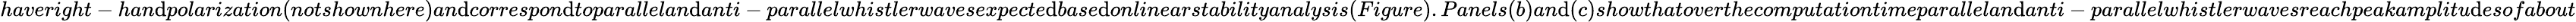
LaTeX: haveright-han\mathrm{d}polarization(notshownhere)an\mathrm{d}correspon\mathrm{d}toparallelan\mathrm{d}anti-parallelwhistlerwavesexpecte\mathrm{d}base\mathrm{d}onlinearstabilityanalysis(Figure).Panels(b)an\mathrm{d}(c)showthatoverthecomputationtimeparallelan\mathrm{d}anti-parallelwhistlerwavesreachpeakamplitu\mathrm{d}esofabout